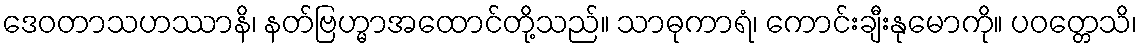
ဒေဝတာသဟဿာနိ၊ နတ်ဗြဟ္မာအထောင်တို့သည်။ သာဓုကာရံ၊ ကောင်းချီးနုမောကို။ ပဝတ္တေသိ၊